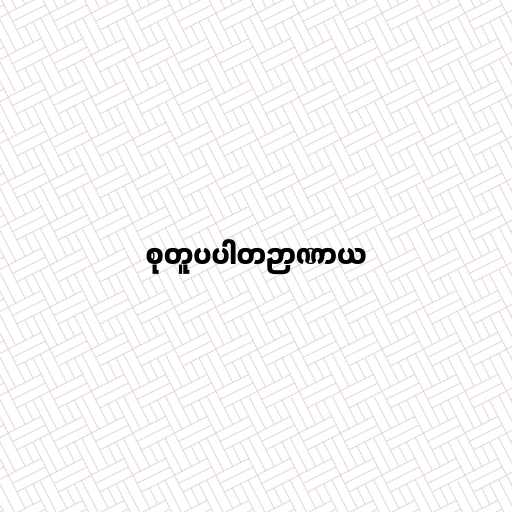
စုတူပပါတဉာဏာယ